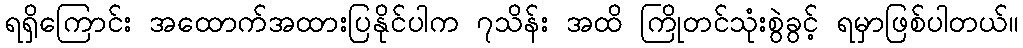
ရရှိကြောင်း အထောက်အထားပြနိုင်ပါက ၇သိန်း အထိ ကြိုတင်သုံးစွဲခွင့် ရမှာဖြစ်ပါတယ်။